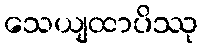
သေယျထာပိဿု